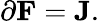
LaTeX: \partial\mathbf{F}=\mathbf{J}.